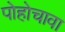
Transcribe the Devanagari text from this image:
पोहोचावा